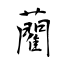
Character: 藺